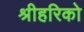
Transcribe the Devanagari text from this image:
श्रीहरिको